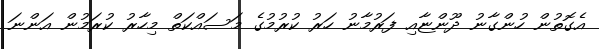
އެގޮތުން ހުންގާނު ދޫންޏާއި ފަރުމާނު ހަރު ކުރުމުގެ މަސައްކަތް މިހާރު ކުރަމުން އަންނަ